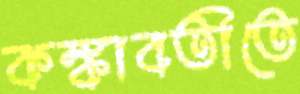
কঙ্কাবতীতে